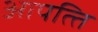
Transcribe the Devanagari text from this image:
आपत्‍ति